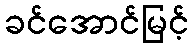
ခင်အောင်မြင့်